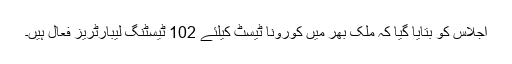
اجلاس کو بتایا گیا کہ ملک بھر میں کورونا ٹیسٹ کیلئے 102 ٹیسٹنگ لیبارٹریز فعال ہیں۔